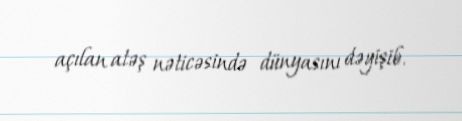
açılan atəş nəticəsində dünyasını dəyişib.